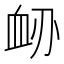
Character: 䘐